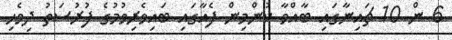
6 ން 10 ޗައިނާގައި ބާއްވާ ކުންމިން ފެއާގައި ބައިވެރިވުމުގެ ފުރުސަތު ދިވެހި